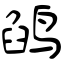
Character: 鹐